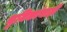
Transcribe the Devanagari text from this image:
भुमिकांनाही